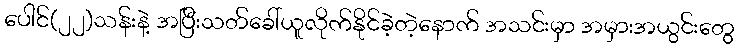
ပေါင်(၂၂)သန်းနဲ့ အပြီးသတ်ခေါ်ယူလိုက်နိုင်ခဲ့တဲ့နောက် အသင်းမှာ အမှားအယွင်းတွေ